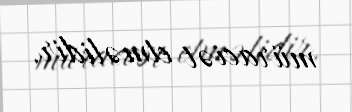
müraciət etməlidir.